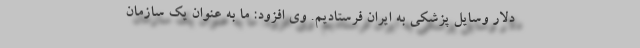
دلار وسایل پزشکی به ایران فرستادیم. وی افزود: ما به عنوان یک سازمان